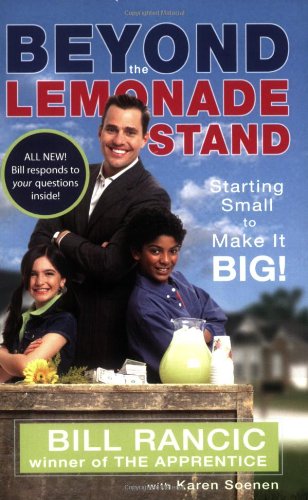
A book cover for Beyond the Lemonade Stand; Bill Rancic; Children's Books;